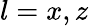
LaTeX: l=x,z